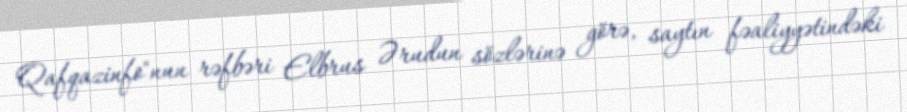
Qafqazinfo"nun rəfbəri Elbrus Ərudun sözlərinə görə, saytın fəaliyyətindəki